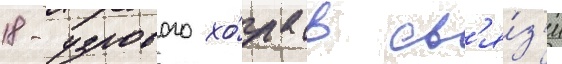
18-узлового хо́да в св'я́з'и